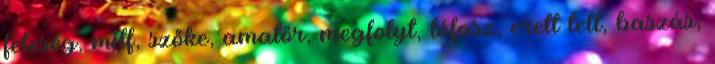
feleség, milf, szőke, amatőr, megfolyt, lófasz, erett telt, baszás,